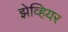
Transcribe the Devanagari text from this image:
झेव्हियर